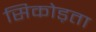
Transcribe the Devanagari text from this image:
सिकोड़ता